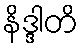
နိဒ္ဒါတိ